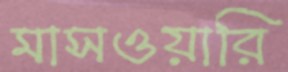
মাসওয়ারি